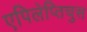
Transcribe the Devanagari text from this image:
एपिलेप्तिचुस